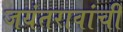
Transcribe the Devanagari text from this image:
जयंतरावांची